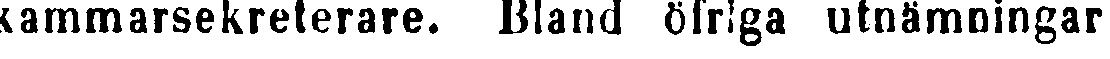
kammarsekreterare. Bland öfriga utnämningar